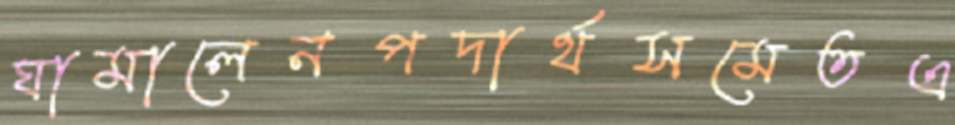
ঘামালেনপদার্থসমেতএ